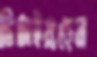
ডিঙাইয়াছেন